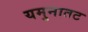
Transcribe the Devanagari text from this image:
यमुनातट